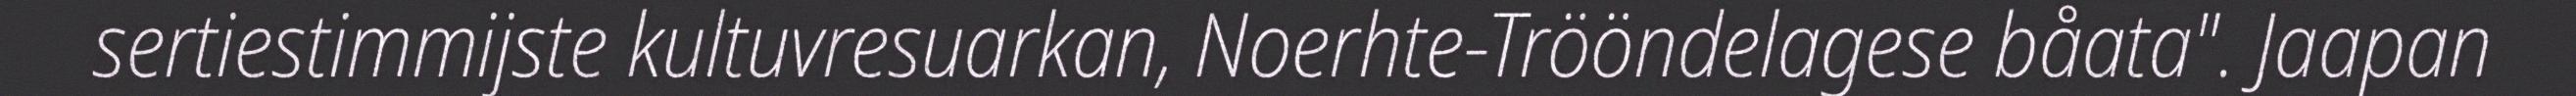
sertiestimmijste kultuvresuarkan, Noerhte-Trööndelagese båata". Jaapan